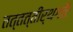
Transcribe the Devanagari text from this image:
तत्तत्तीर्थगतैः